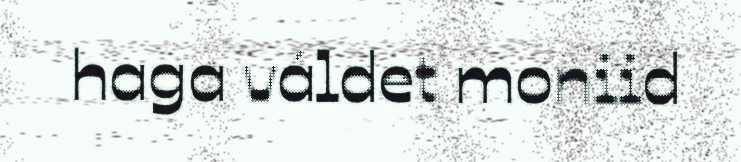
haga váldet moniid